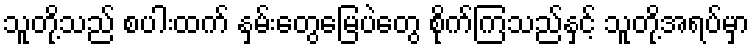
သူတို့သည် စပါးထက် နှမ်းတွေမြေပဲတွေ စိုက်ကြသည်နှင့် သူတို့အရပ်မှာ